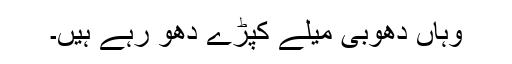
وہاں دھوبی میلے کپڑے دھو رہے ہیں۔